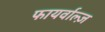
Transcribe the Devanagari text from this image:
फायर्वाल्ज़